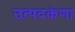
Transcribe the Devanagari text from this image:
उत्पदकंणा